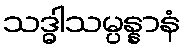
သဒ္ဓါသမ္ပန္နာနံ